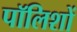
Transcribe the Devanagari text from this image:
पॉलिशों